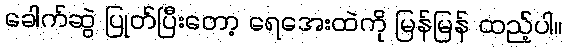
ခေါက်ဆွဲ ပြုတ်ပြီးတော့ ရေအေးထဲကို မြန်မြန် ထည့်ပါ။